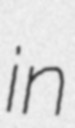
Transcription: in